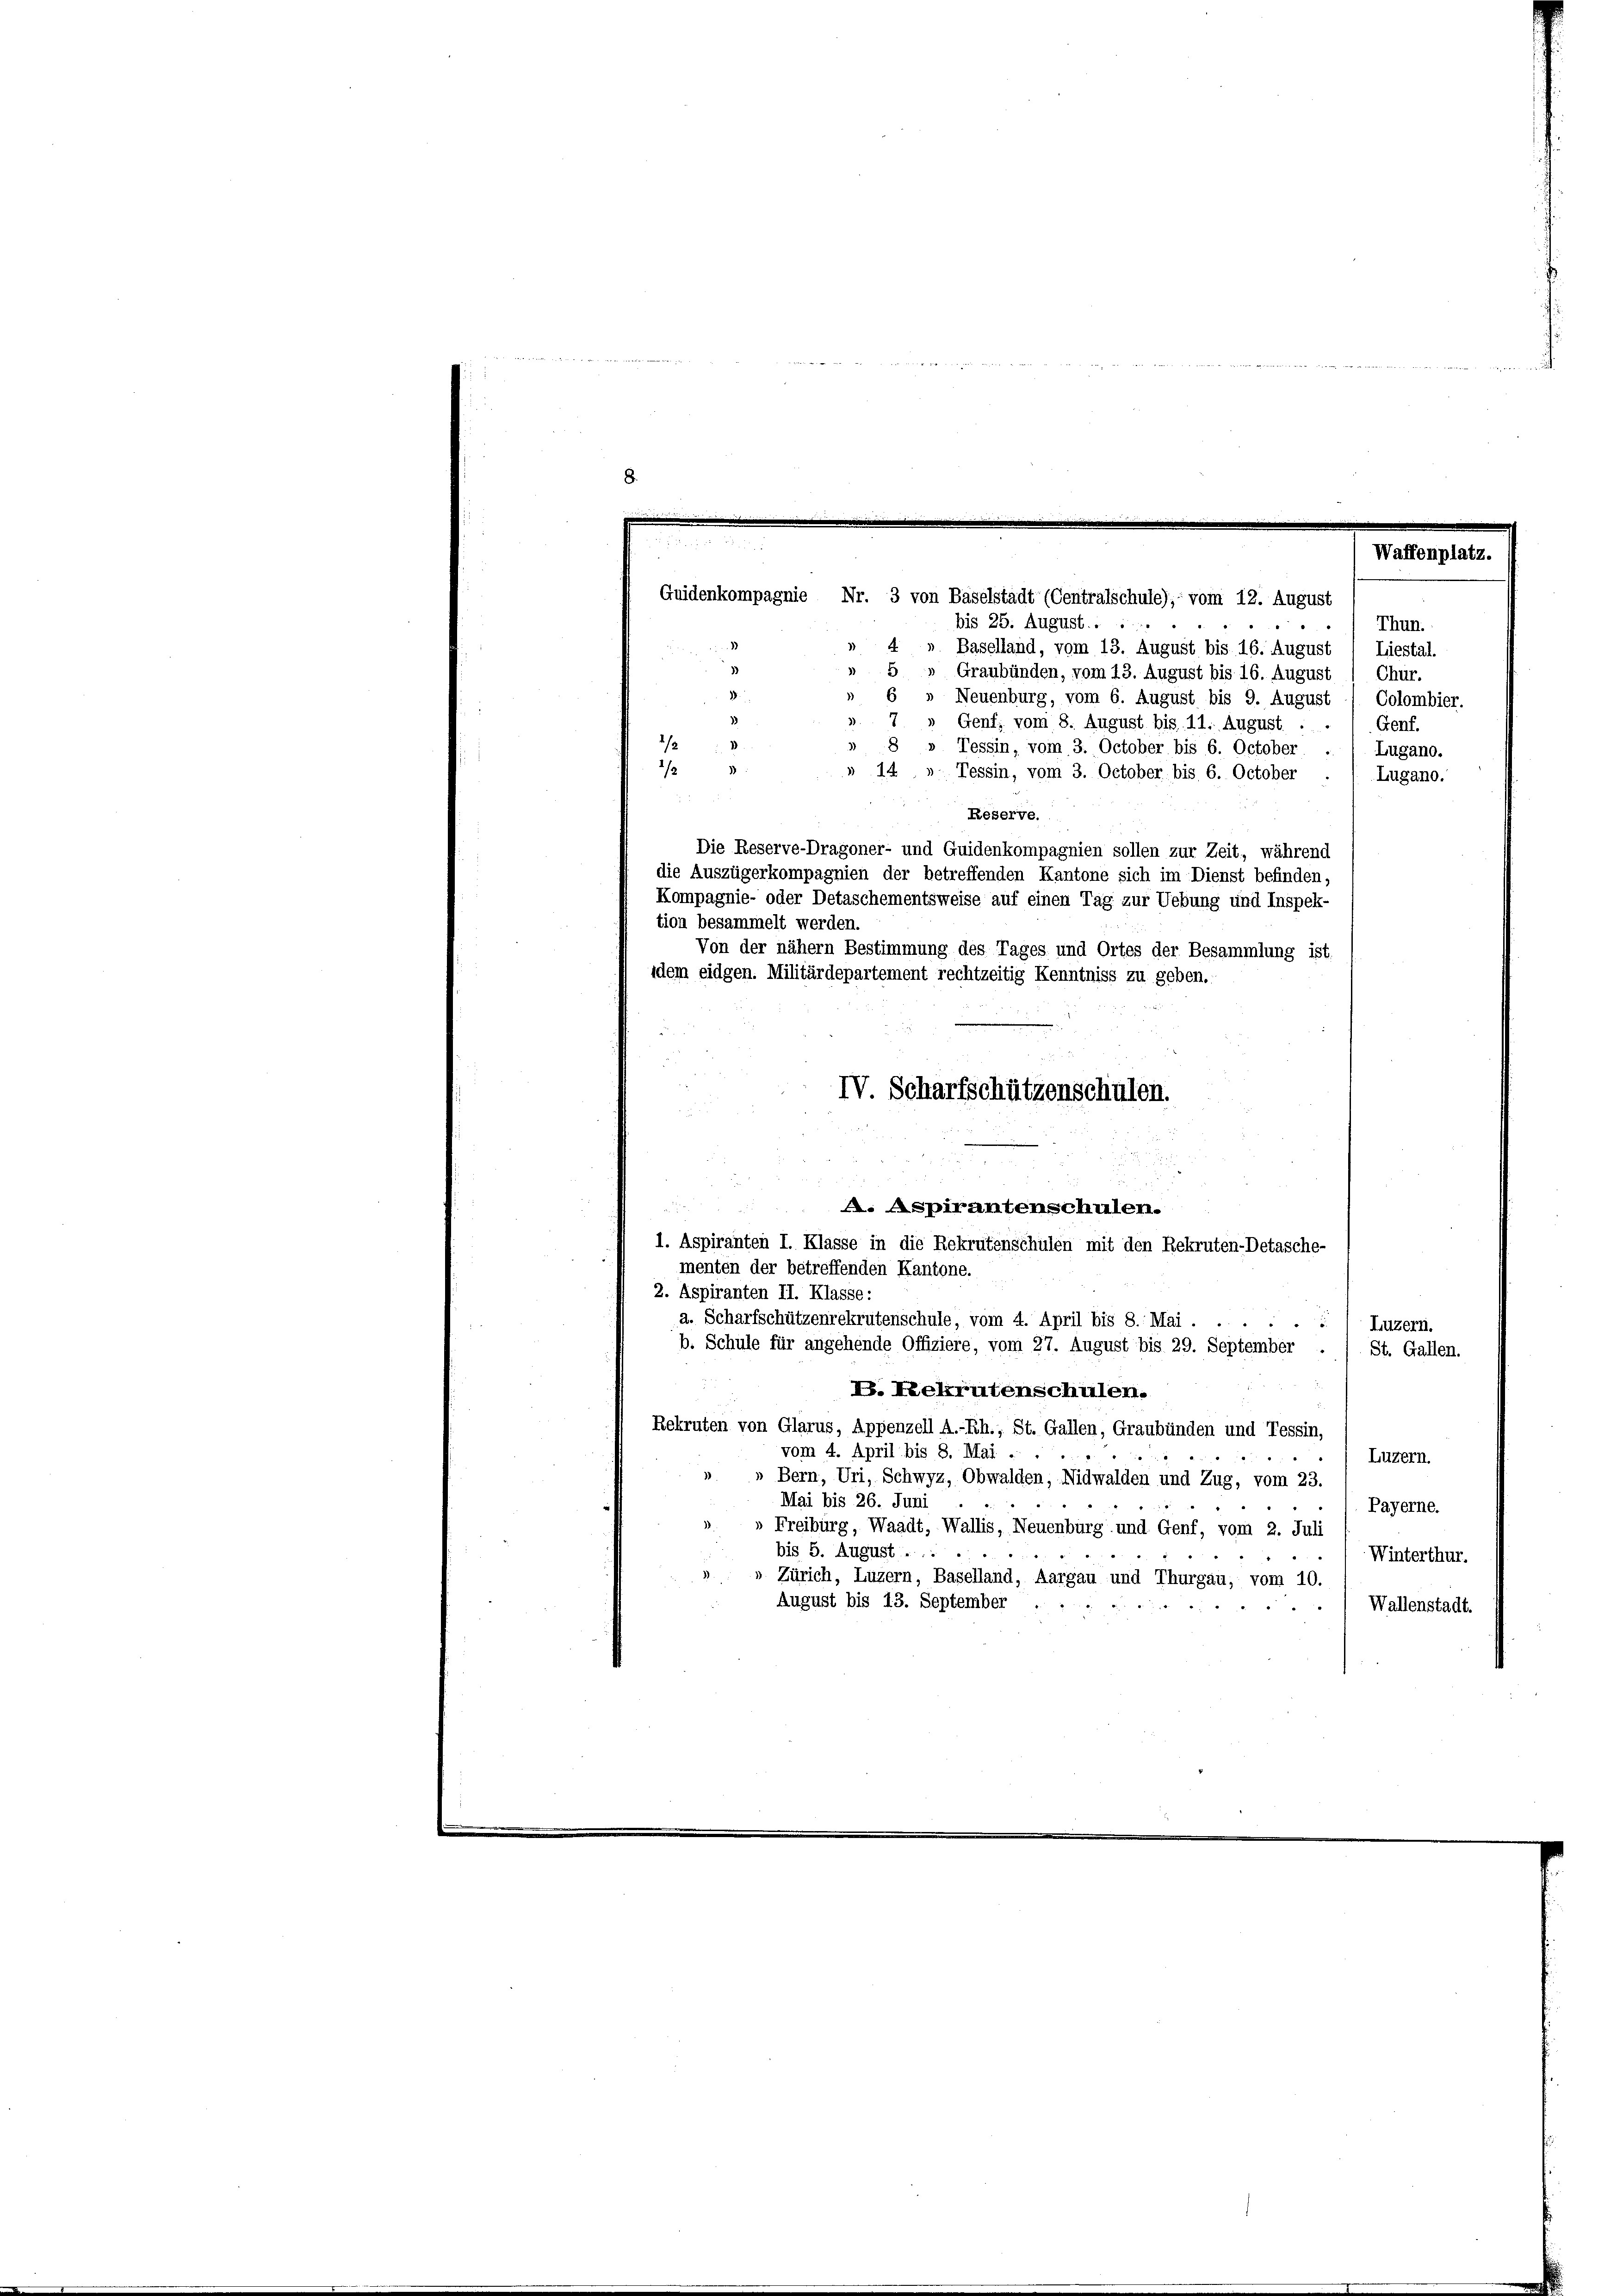
aden von

2 B

F
Baselland, vom 13. August bis 16. August
Liestal.
» 5» Graubünden, vom 13. August bis 16. August 1 Chur.
6 » Neuenburg, vom 6. August bis 9. August / Colombier.
7
Genf; vom 8. August bis 11. August ..
Genf.
8 » Tessin, vom 3. October bis 6. October
Lugano.
1/23
» 14 » Tessin, vom 3. October bis 6. October
Lugano.
Reserve.
Die Reserve-Dragoner- und Guidenkompagnien sollen zur Zeit, während
die Auszügerkompagnien der betreffenden Kantone sich im Dienst befinden,
Kompagnie- oder Detaschementsweise auf einen Tag zur Uebung und Inspek-
tion besammelt werden.
Von der nähern Bestimmung des Tages und Ortes der Besammlung ist.
idem eidgen. Militärdepartement rechtzeitig Kenntniss zu geben.
IV. Scharfschützenschulen.

8.

i
Waffenplatz.
Guidenkompagnie Nr. 3 von Baselstadt (Centralschule), vom 12. August
bis 25. August. . .
e
Thun.

. Aspirantenschulen.
1. Aspiranten I. Klasse in die Rekrutenschulen mit den Rekruten-Detasche-
menten der betreffenden Kantone.
a. Scharfschützenrekrutenschule, vom 4. April bis 8. Mai.
Luzern.
b. Schule für angehende Offiziere, vom 27. August bis 29. September
St. Gallen.

2. Aspiranten II. Klasse:
V. Rekrutenschulen.
Rekruten von Glarus, Appenzell A.-Rh., St. Gallen, Graubünden und Tessin,
vom 4. April bis 8. Mai .
Luzern.
» Bern, Uri, Schwyz, Obwalden, Nidwalden und Zug, vom 23.
Mai bis 26. Juni
Payerne.
»Freiburg, Waadt, Wallis, Neuenburg und Genf, vom 2. Juli
bis 5. August ...
Winterthur.
Zürich, Luzern, Baselland, Aargau und Thurgau, vom 10.
August bis 13. September
Wallenstadt.
 x